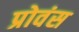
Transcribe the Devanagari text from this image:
प्रोवंस